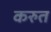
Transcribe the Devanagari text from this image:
करुत